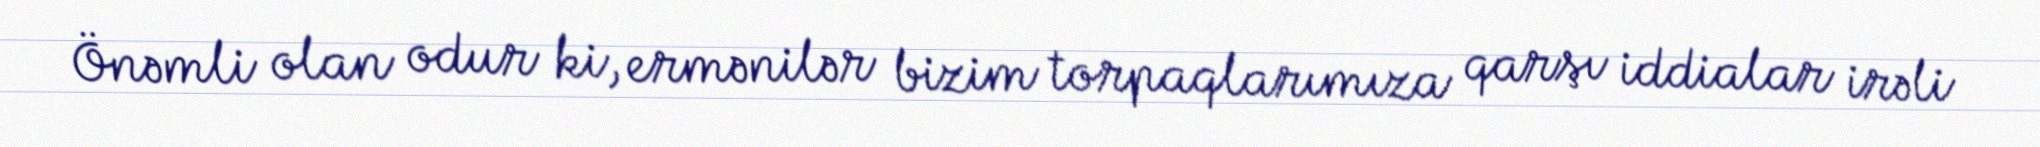
Önəmli olan odur ki, ermənilər bizim torpaqlarımıza qarşı iddialar irəli